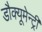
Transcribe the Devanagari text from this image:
डौक्यूमेन्ट्री